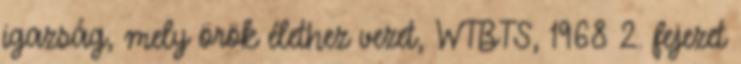
igazság, mely örök élethez vezet, WTBTS, 1968 2. fejezet